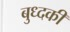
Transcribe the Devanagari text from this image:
बुध्दकी